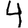
Digit: 4